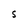
Character: S